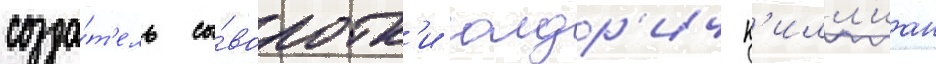
созда́т'ель сы́воротк'и олдр'ич к'илл'иан